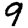
Digit: 9